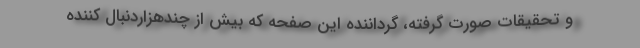
و تحقیقات صورت گرفته، گرداننده این صفحه که بیش از چندهزاردنبال کننده